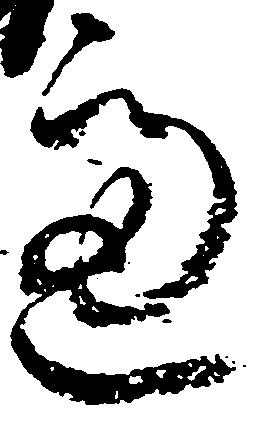
慮